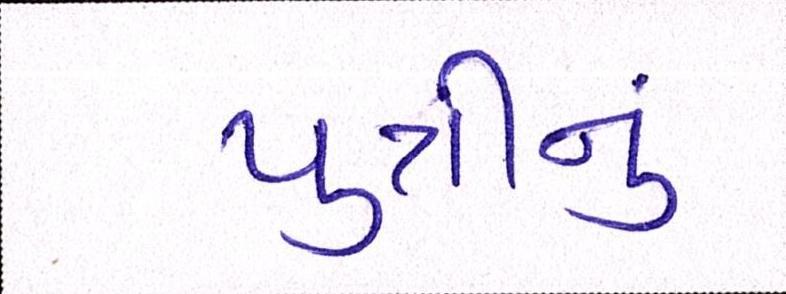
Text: પુત્રીનું